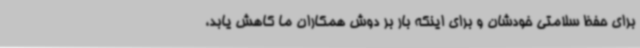
برای حفظ سلامتی خودشان و برای اینکه بار بر دوش همکاران ما کاهش یابد،